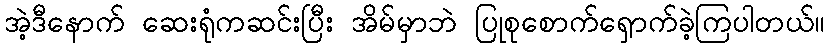
အဲ့ဒီနောက် ဆေးရုံကဆင်းပြီး အိမ်မှာဘဲ ပြုစုစောက်ရှောက်ခဲ့ကြပါတယ်။